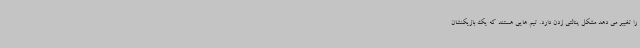
را تغییر می دهد مشکل پنالتی زدن دارد. تیم هایی هستند که یک بازیکنشان